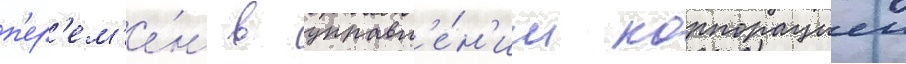
п'ер'ем'е́н в управл'е́н'ии корпорациеи